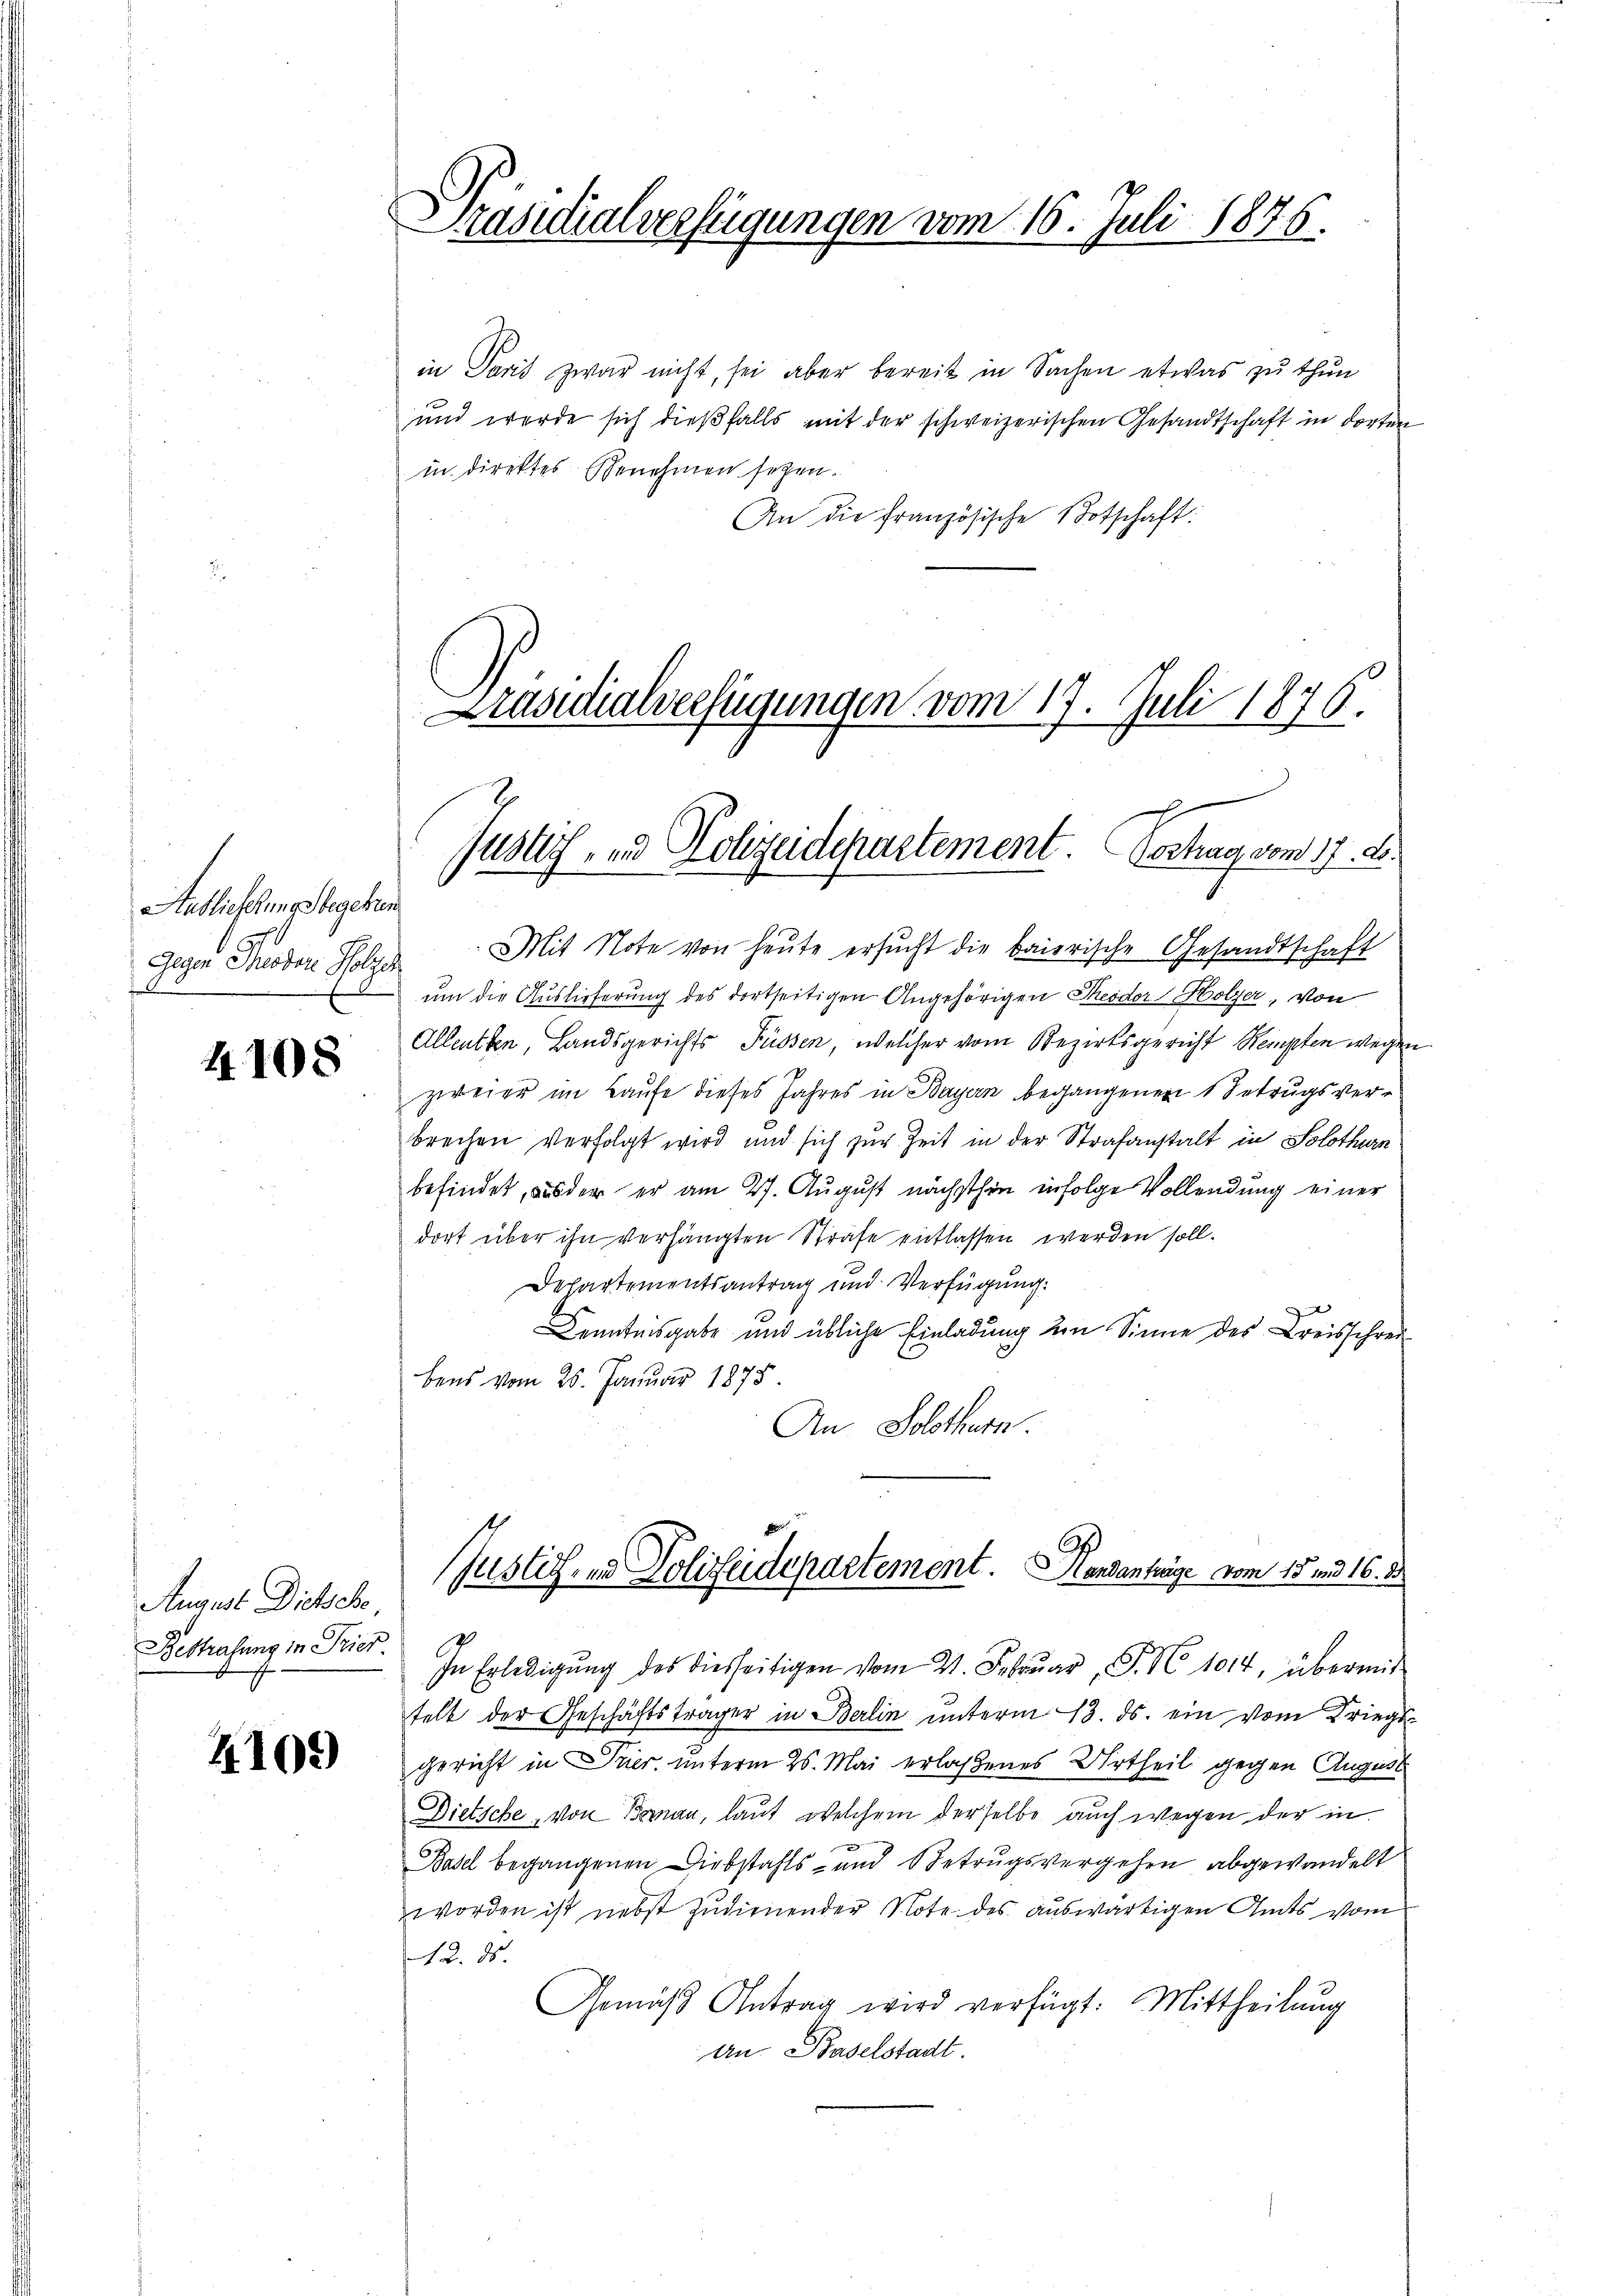
Aablieferungsbegeben
Gegen Theodor Holzer

4108

August Dietsche
Bestrafung in Pries.

4105)

Präsidialverfügungen vom 16. Juli 1876.

Präsidialverfügungen vom 17. Juli 1876.
Justiz- und Polizeidepartement. Vortrag vom 17. A.

in Paris zwar nicht, sei aber bereit in Sachen etwas zu thun
und werde sich dieβfalls mit der schweizerischen Gesandtschaft in dorten
in direktes Genehmen sehen.
An die französische Botschaft:
Mit Note von heute ersucht die baierische Gesandtschaft
um die Auslieferung des dortseitigen Angehörigen Theodor Holzer, von
Alleuten, Landsgerichts Füssen, welcher vom Bezirksgericht Kempten wegen
zweier im Laufe dieses Jahres in Bayern begangenen 1 Betrugsverbrechen verfolgt wird und sich zur Zeit in der Strafanstalt in Solothurn
befindet, aus der er am 27. August nächsthin infolge Vollendung einer
dort über ihn verhängten Strafe entlassen werden soll.
Departementsantrag und Verfügung:
Kenntnisgabe und übliche Einladung im Sinne des Kreisschreibens vom 25. Januar 1875
An Solothurn
Justiz- und Polizeidepartement. Mandanträge vom 15. und 16. 23.
In Erledigŭng des diesseitigen vom 21. Februar P. N. 1014, übermit
telt der Geschäftsträger in Berlin unterm 13. ds. ein vom Kriegs-
gericht in Trier, unterm 25. Mai erlaßenes Urtheil gegen August
Dietsche, von Boman, laut, welchem derselbe auch wegen der in
Basel begangenen Diebstahls- und Betrugsvergehen abgewandelt
worden ist nebst zudienender Note des auswärtigen Amts vom
12. ds.
Gemäβ Antrag wird verfügt: Mittheilŭng
an Baselstadt.